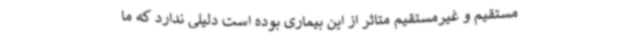
مستقیم و غیرمستقیم متاثر از این بیماری بوده است دلیلی ندارد که ما